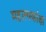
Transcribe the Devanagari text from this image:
महात्वकांक्षा